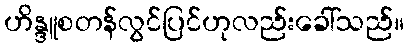
ဟိန္ဒူစတန်လွင်ပြင်ဟုလည်းခေါ်သည်။